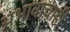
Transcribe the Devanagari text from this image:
अभावाचाही